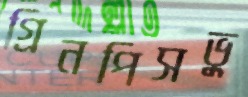
গ্রিনপিসভু